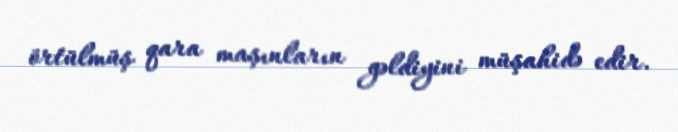
örtülmüş qara maşınların gəldiyini müşahidə edir.